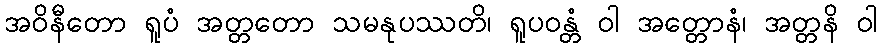
အဝိနီတော ရူပံ အတ္တတော သမနုပဿတိ၊ ရူပဝန္တံ ဝါ အတ္တောနံ၊ အတ္တနိ ဝါ